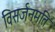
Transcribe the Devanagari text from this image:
विसर्जनमति